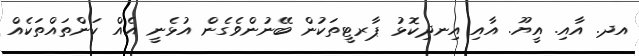
އދ. އާއި. އީޔޫ. އާއި އިނދިކޮޅު ޕާރޓީތަކުން ބޭނުންވެގެން އުޅެނީ އެއް ކަންތައްތަކެއް